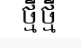
ថ្មីថ្មី